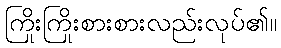
ကြိုးကြိုးစားစားလည်းလုပ်၏။